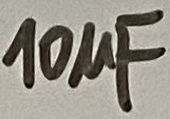
Text: 10µF